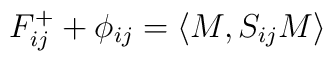
F^{+}_{ij} + \phi_{i j}=\langle M, S_{ij} M\rangle